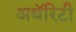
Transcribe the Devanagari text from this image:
अथॅरिटी